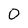
Character: O